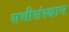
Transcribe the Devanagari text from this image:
सभीसंस्थान